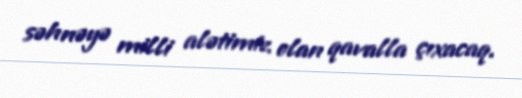
səhnəyə milli alətimiz olan qavalla çıxacaq.